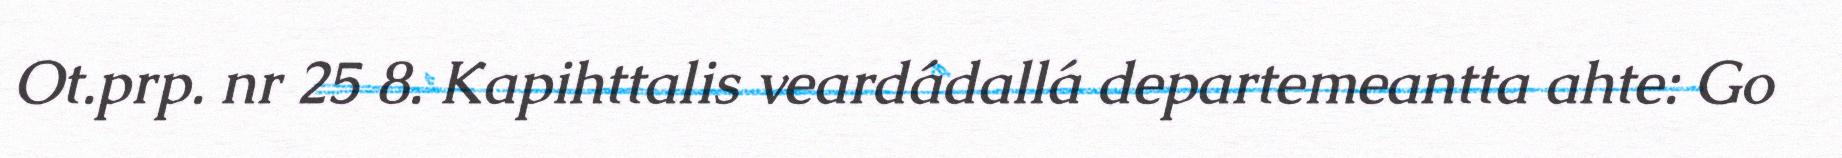
Ot.prp. nr 25 8. Kapihttalis veardádallá departemeantta ahte: Go